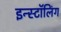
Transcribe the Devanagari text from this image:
इन्स्टॉलिंग